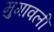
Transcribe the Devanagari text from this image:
मुगावली